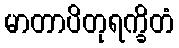
မာတာပိတုရက္ခိတံ